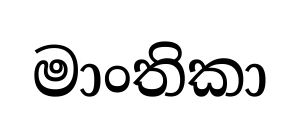
මාංතිකා